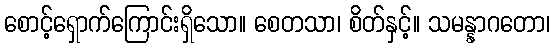
စောင့်ရှောက်ကြောင်းရှိသော။ စေတသာ၊ စိတ်နှင့်။ သမန္နာဂတော၊